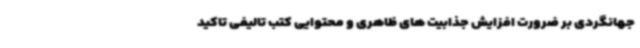
جهانگردی بر ضرورت افزایش جذابیت های ظاهری و محتوایی کتب تالیفی تاکید